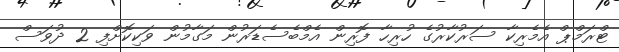
ޓްރަމްޕް އެމެރިކާ ސަރުކާރުގެ ހުރިހާ ފޮރިން އެމްބެސެޑަރުން މަގާމުން ވަކިކޮށްފި 2 ދުވަސް